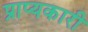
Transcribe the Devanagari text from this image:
प्राप्यकारी